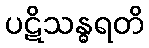
ပဋိသန္ဓရတိ